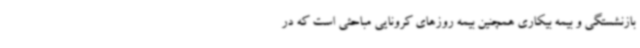
بازنشستگی و بیمه بیکاری همچنین بیمه روزهای کرونایی مباحثی است که در